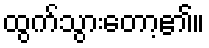
ထွက်သွားတော့၏။